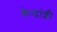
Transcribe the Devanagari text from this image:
केन्द्रांशी